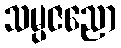
သမ္ပဇညော